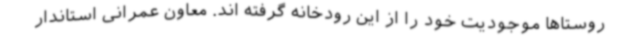
روستاها موجودیت خود را از این رودخانه گرفته اند. معاون عمرانی استاندار